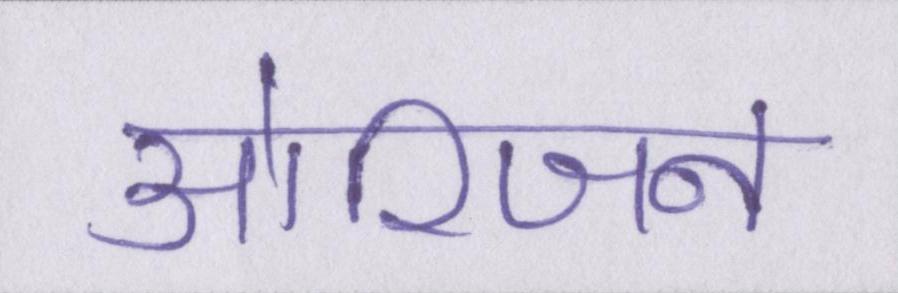
ओरिजन